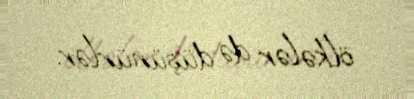
ölkələr də düşünürlər.